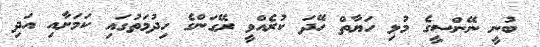
ބުނީ ނޭންސީގެ މުޅި ހަޔާތް ހޭދަ ކުރެއްވީ ރޭގަންގެ ހިދުމަތުގައި ކަމަށާއި އަދި